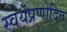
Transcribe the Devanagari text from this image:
स्वयंप्रणोदित